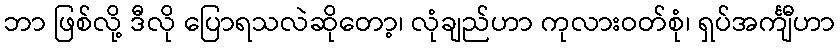
ဘာ ဖြစ်လို့ ဒီလို ပြောရသလဲဆိုတော့၊ လုံချည်ဟာ ကုလားဝတ်စုံ၊ ရှပ်အင်္ကျီဟာ